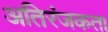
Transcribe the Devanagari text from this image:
अतिरंजकता